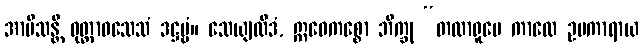
အာမိသန္တိ ဝုတ္တာဝသေသံ ဒဋ္ဌဗ္ဗံ။ သေယျထိဒံ, ဣဓေကစ္စော ဘိက္ခု “တထာရူပေ ကာလေ ဥပကာရာယ